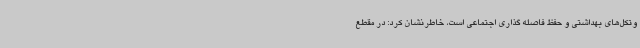
وتکل‌های بهداشتی و حفظ فاصله گذاری اجتماعی است، خاطرنشان کرد: در مقطع